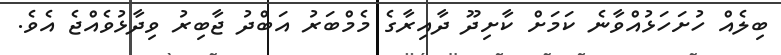
ބިލެއް ހުށަހަޅުއްވާނެ ކަމަށް ކާށިދޫ ދާއިރާގެ މެމްބަރު އަބްދު ޖާބިރު ވިދާޅުވެއްޖެ އެވެ.